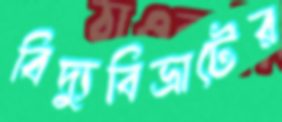
বিদ্যুবিভ্রাটের